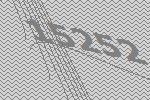
15252